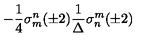
- \frac { 1 } { 4 } \sigma _ { m } ^ { n } ( \pm 2 ) \frac { 1 } { \Delta } \sigma _ { n } ^ { m } ( \pm 2 )